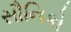
સૌનિકો